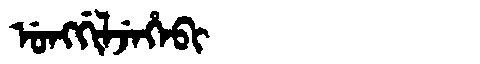
Manchu: ᡠᠩᡤᡳᠯᠵᡝᡥᡝᠪᡳ
Romanization: UNGGILJEHEBI